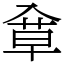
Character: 䓥